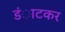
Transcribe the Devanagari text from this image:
डंाटकर